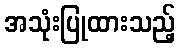
အသုံးပြုထားသည့်